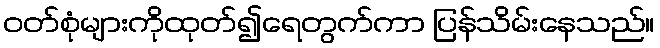
ဝတ်စုံများကိုထုတ်၍ရေတွက်ကာ ပြန်သိမ်းနေသည်။